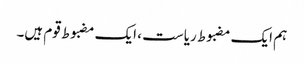
ہم ایک مضبوط ریاست ، ایک مضبوط قوم ہیں۔